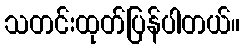
သတင်းထုတ်ပြန်ပါတယ်။